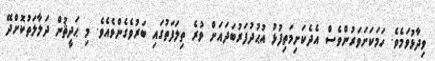
ވިދާޅުވަމެވެ. ހަމަކަށަވަރުންވެސް އެދެކަށިމަތިފުޅު އުޙުދުފަރުބަދައަށް ވުރެ ތިލަފަތުގައި ބަރުވެގެންވެއެވެ. މި ޙަދީޘުން ދަލާލަތުކޮށްދޭ